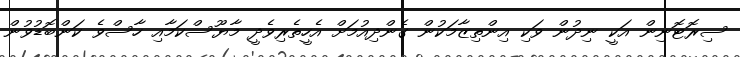
ސިރޮޓޮނިން އަކީ ނިދުން ވަކި އިންތިޒާމަކުން ގެންދިއުމަށް އެހީތެރިވެދީ މާޔޫސްކަމާއި ހާސްވެ ކަންބޮޑުވުން